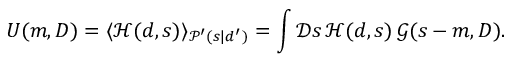
U ( m , D ) = \langle { \mathcal { H } } ( d , s ) \rangle _ { { \mathcal { P } } ^ { \prime } ( s | d ^ { \prime } ) } = \int { \mathcal { D } } s \, { \mathcal { H } } ( d , s ) \, { \mathcal { G } } ( s - m , D ) .